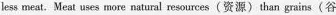
less meat. Meat uses more natural reaources (资源)than grains(谷